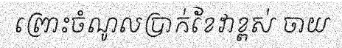
ព្រោះចំណូលប្រាក់ខែវាខ្ពស់ ចាយ